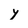
Character: y